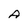
Character: A